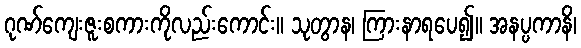
ဂုဏ်ကျေးဇူးစကားကိုလည်းကောင်း။ သုတွာန၊ ကြားနာရပေ၍။ အနပ္ပကာနိ၊